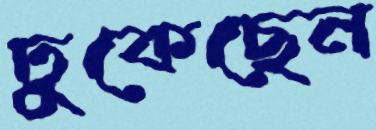
ঢুকেছেন